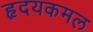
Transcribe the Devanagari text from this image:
हृदयकमल